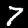
Digit: 7